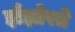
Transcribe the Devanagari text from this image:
झँझोरते